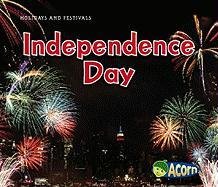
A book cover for Independence Day (Holidays and Festivals); Rebecca Rissman; Children's Books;